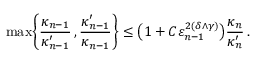
\operatorname* { m a x } \biggl \{ \frac { \kappa _ { n - 1 } } { \kappa _ { n - 1 } ^ { \prime } } \, , \frac { \kappa _ { n - 1 } ^ { \prime } } { \kappa _ { n - 1 } } \biggr \} \leq \bigl ( 1 + C \varepsilon _ { n - 1 } ^ { 2 ( \delta \wedge \gamma ) } \bigr ) \frac { \kappa _ { n } } { \kappa _ { n } ^ { \prime } } \, .